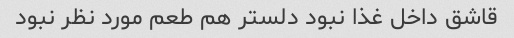
قاشق داخل غذا نبود دلستر هم طعم مورد نظر نبود